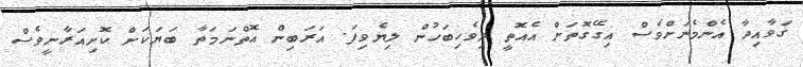
ގަވާއިދާ އެންމެނަށްވެސް އިގޭގޮތަށް އެއޮތީ ދިވެހިބަހުން ލިޔެވިފަ. އަރަބިން އޮތްނަމަތާ ބަޔަކަށް ކޮށިއަރާނީވެސް